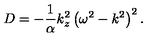
D = - { \frac { 1 } { \alpha } } k _ { z } ^ { 2 } \left( \omega ^ { 2 } - k ^ { 2 } \right) ^ { 2 } .